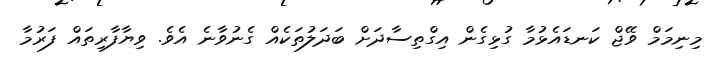
މިނިމަމް ވޭޖް ކަނޑައެޅުމާ ގުޅިގެން އިގްތިސާދަށް ބަދަލުތަކެއް ގެނުވާނެ އެވެ. ވިޔާފާރިތައް ފަރުމާ